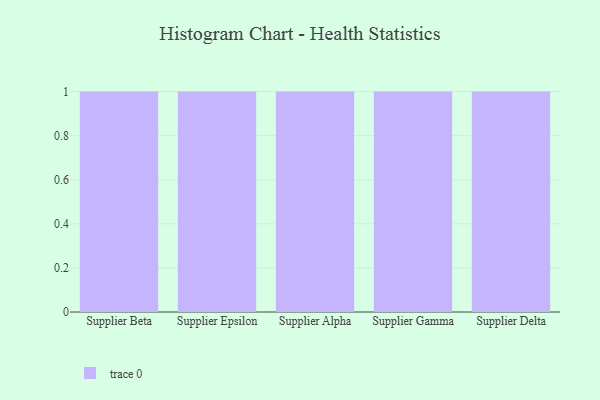
{"axis": {"x": "Supplier", "y": "Production Output"}, "legend": [""], "data": [{"x": "Supplier Beta", "y": 78, "type": ""}, {"x": "Supplier Epsilon", "y": 63, "type": ""}, {"x": "Supplier Alpha", "y": 99, "type": ""}, {"x": "Supplier Gamma", "y": 47, "type": ""}, {"x": "Supplier Delta", "y": 72, "type": ""}]}